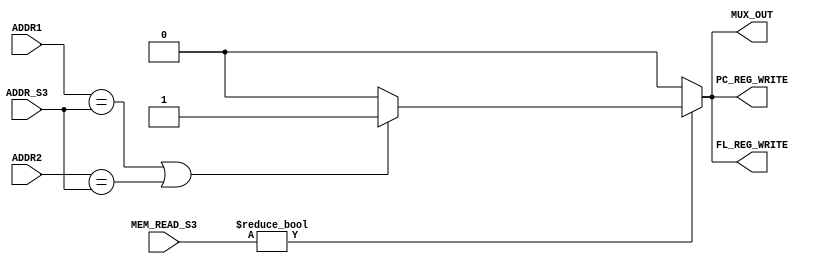

`timescale 1ns/100ps

 /*______________________________________________________________________________
  |                                                                              |
  |  File Name         -hazards_detect.v                                         |
  |  Created By        -Group1(E17)                                              |
  |  Project/ Course   -CO502                                                    |
  |  Institute         -University of peradeniya                                 |
  |  Date              -05.04.2023                                               |
  |  Discription       -Pipeline Register                                        |
  |______________________________________________________________________________|
  
*/

module hazards_dection(ADDR1,ADDR2,ADDR_S3,MEM_READ_S3,FL_REG_WRITE,PC_REG_WRITE,MUX_OUT);

    input [4:0]ADDR1,ADDR2,ADDR_S3;
    input[2:0] MEM_READ_S3;
    output reg MUX_OUT,FL_REG_WRITE,PC_REG_WRITE;

    always @ (*) 
    begin
    
        if (MEM_READ_S3 != 3'b000)
            begin
            
                if (ADDR1 == ADDR_S3 || ADDR2 == ADDR_S3 ) 
                    begin
                    MUX_OUT = 1'b1;
                    FL_REG_WRITE= 1'b1;
                    PC_REG_WRITE= 1'b1;
                    end
                else
                    begin
                    MUX_OUT = 1'b0;
                    FL_REG_WRITE= 1'b0;
                    PC_REG_WRITE= 1'b0;
                    end
            end    
        else
               begin
               MUX_OUT = 1'b0;
               FL_REG_WRITE= 1'b0;
               PC_REG_WRITE= 1'b0;
               end
    end
    
endmodule